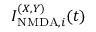
I _ { \mathrm { N M D A } , i } ^ { ( X , Y ) } ( t )